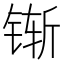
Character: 𰾌